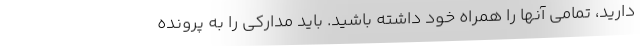
دارید، تمامی آنها را همراه خود داشته باشید. باید مدارکی را به پرونده